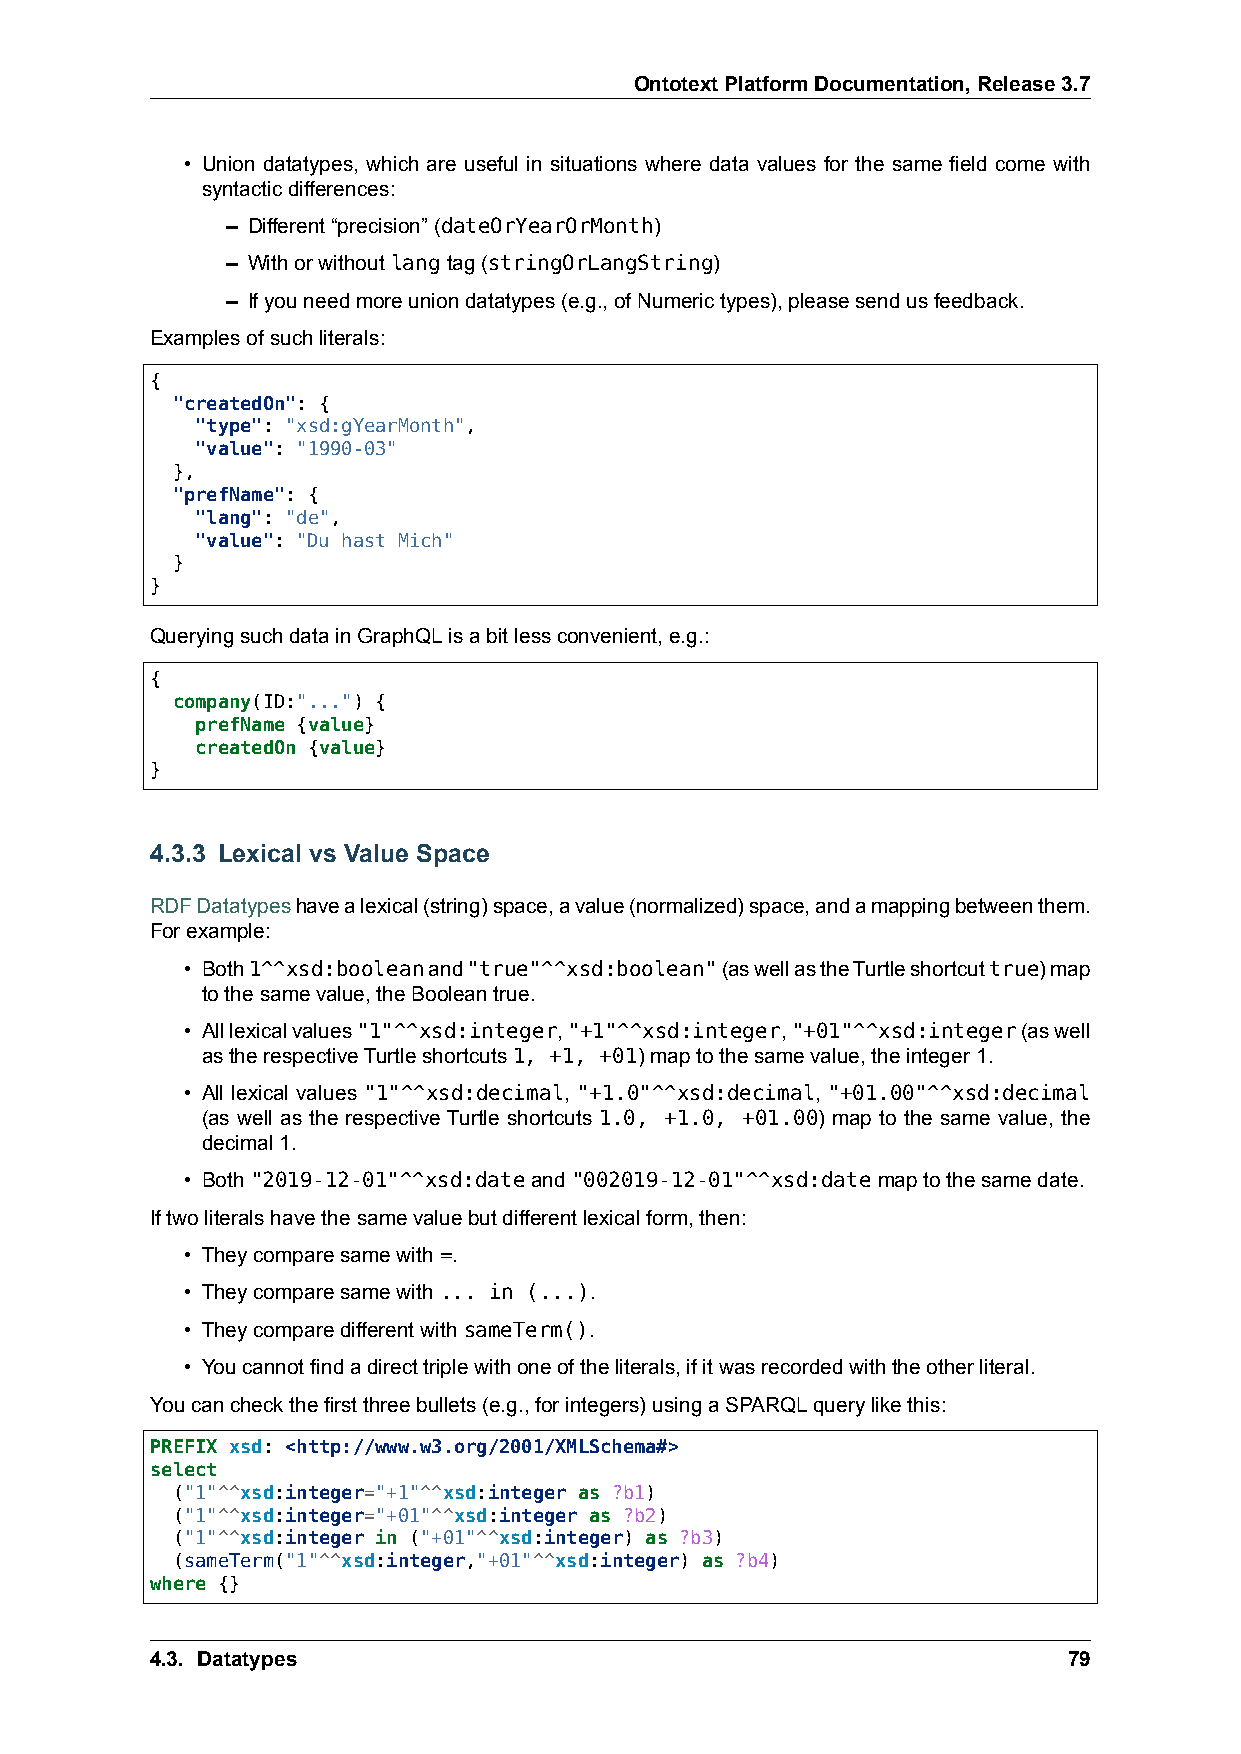
OntotextPlatformDocumentation,Release3.7
 • Union datatypes, which are useful in situations where data values for the same field come with
 syntacticdifferences:
 – Different“precision”(dateOrYearOrMonth)
 – Withorwithoutlangtag(stringOrLangString)
 – Ifyouneedmoreuniondatatypes(e.g.,ofNumerictypes),pleasesendusfeedback.
 Examplesofsuchliterals:
 {
 "createdOn": {
 "type": "xsd:gYearMonth",
 "value": "1990-03"
 },
 "prefName": {
 "lang": "de",
 "value": "Du hast Mich"
 }
 }
 QueryingsuchdatainGraphQLisabitlessconvenient,e.g.:
 {
 company(ID:"...") {
 prefName {value}
 createdOn {value}
 }
 4.3.3 Lexical vs Value Space
 RDFDatatypeshavealexical(string)space,avalue(normalized)space,andamappingbetweenthem.
 Forexample:
 • Both1^^xsd:booleanand"true"^^xsd:boolean"(aswellastheTurtleshortcuttrue)map
 tothesamevalue,theBooleantrue.
 • Alllexicalvalues"1"^^xsd:integer,"+1"^^xsd:integer,"+01"^^xsd:integer(aswell
 astherespectiveTurtleshortcuts1, +1, +01)maptothesamevalue,theinteger1.
 • All lexical values "1"^^xsd:decimal, "+1.0"^^xsd:decimal, "+01.00"^^xsd:decimal
 (as well as the respective Turtle shortcuts 1.0, +1.0, +01.00) map to the same value, the
 decimal1.
 • Both"2019-12-01"^^xsd:dateand"002019-12-01"^^xsd:datemaptothesamedate.
 Iftwoliteralshavethesamevaluebutdifferentlexicalform,then:
 • Theycomparesamewith=.
 • Theycomparesamewith... in (...).
 • TheycomparedifferentwithsameTerm().
 • Youcannotfindadirecttriplewithoneoftheliterals,ifitwasrecordedwiththeotherliteral.
 Youcancheckthefirstthreebullets(e.g.,forintegers)usingaSPARQLquerylikethis:
 PREFIX xsd: <http://www.w3.org/2001/XMLSchema#>
 select
 ("1"^^xsd:integer="+1"^^xsd:integer as ?b1)
 ("1"^^xsd:integer="+01"^^xsd:integer as ?b2)
 ("1"^^xsd:integer in ("+01"^^xsd:integer) as ?b3)
 (sameTerm("1"^^xsd:integer,"+01"^^xsd:integer) as ?b4)
 where {}
 4.3. Datatypes                                               79